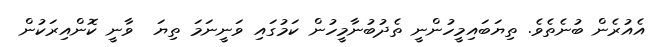
އެއުރެން ބުނެތެވެ. ތިޔަބައިމީހުންނީ ތެދުބުނާމީހުން ކަމުގައި ވަނީނަމަ ތިޔަ  ވާނީ ކޮންއިރަކުން